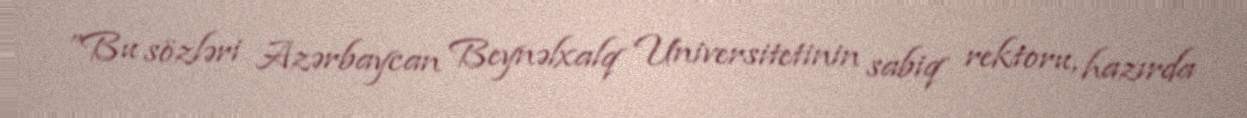
”Bu sözləri Azərbaycan Beynəlxalq Universitetinin sabiq rektoru, hazırda